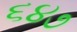
૬૪૭